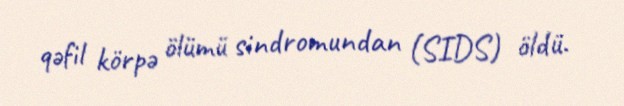
qəfil körpə ölümü sindromundan (SIDS) öldü.